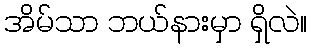
အိမ်သာ ဘယ်နားမှာ ရှိလဲ။